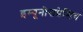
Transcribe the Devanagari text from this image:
इम्यूनोसप्रेसिव